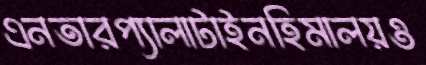
এনতারপ্যালাটাইনহিমালয়ও